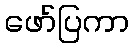
ဖော်ပြကာ